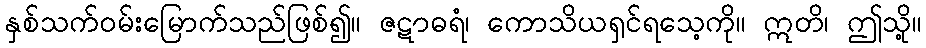
နှစ်သက်ဝမ်းမြောက်သည်ဖြစ်၍။ ဇဋာဓရံ၊ ကောသိယရှင်ရသေ့ကို။ ဣတိ၊ ဤသို့။